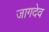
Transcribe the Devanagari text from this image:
जागदेव